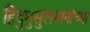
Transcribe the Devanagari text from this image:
हिंदुमुसुलमानांच्या